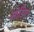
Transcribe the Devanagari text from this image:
मोड़िए।